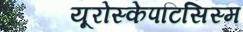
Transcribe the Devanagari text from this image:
यूरोस्केपटिसिस्म